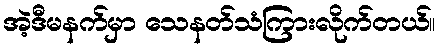
အဲ့ဒီမနက်မှာ သေနတ်သံကြားလိုက်တယ်။